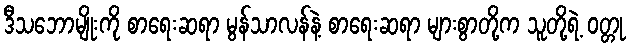
ဒီသဘောမျိုးကို စာရေးဆရာ မွန်သာလန်နဲ့ စာရေးဆရာ များစွာတို့က သူတို့ရဲ့ ဝတ္တု